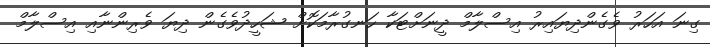
ގިނަ އަހަރު ވެގެންދިޔައިރު އިސްލާމް ދީނަށްޓަކާ ހަނގުރާމަކޮށް ޝަހީދުވެގެން ދިޔަ ވެރިންނާއި އިސްލާމް